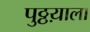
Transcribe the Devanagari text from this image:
पुठ्ठय़ाला